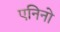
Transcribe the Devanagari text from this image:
एनिनो